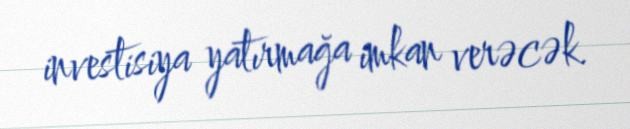
investisiya yatırmağa imkan verəcək.